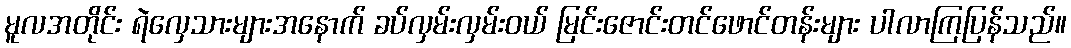
မူလအတိုင်း ရဲလှေသားများအနောက် ခပ်လှမ်းလှမ်းဝယ် မြင်းဇောင်းတင်ဖောင်တန်းများ ပါလာကြပြန်သည်။